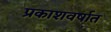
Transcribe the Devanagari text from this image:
प्रकाशवर्षात